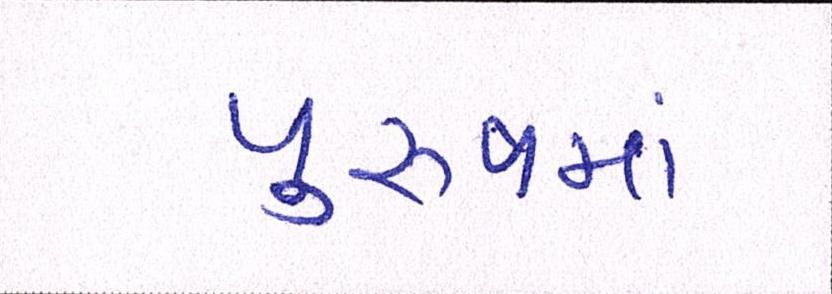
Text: પુરુષમાં